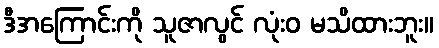
ဒီအကြောင်းကို သူဇာလွင် လုံးဝ မသိထားဘူး။